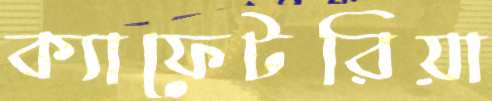
ক্যাফেটরিয়া